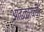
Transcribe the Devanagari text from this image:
आढळायची